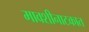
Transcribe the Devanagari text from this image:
मावशीनाटकात